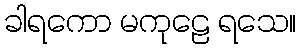
ခါရကော မကုဠေ ရသေ။